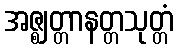
အဇ္ဈတ္တာနတ္တသုတ္တံ